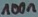
Text: 100n